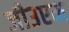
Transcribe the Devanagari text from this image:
जी३एम